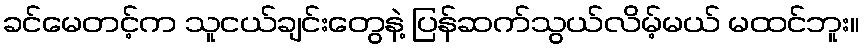
ခင်မေတင့်က သူငယ်ချင်းတွေနဲ့ ပြန်ဆက်သွယ်လိမ့်မယ် မထင်ဘူး။